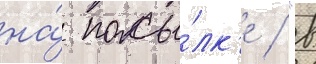
на́ посы́лк'е / "в